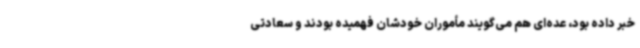
خبر داده بود، عده‌ای هم می‌گویند مأموران خودشان فهمیده بودند و سعادتی